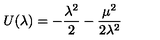
U ( \lambda ) = - \frac { \lambda ^ { 2 } } { 2 } - \frac { \mu ^ { 2 } } { 2 \lambda ^ { 2 } }